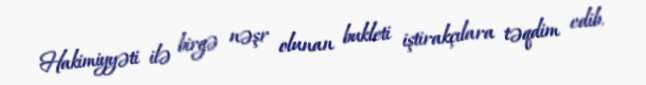
Hakimiyyəti ilə birgə nəşr olunan bukleti iştirakçılara təqdim edib.